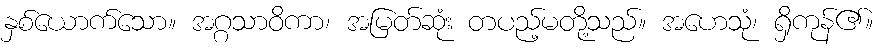
နှစ်ယောက်သော။ အဂ္ဂသာဝိကာ၊ အမြတ်ဆုံး တပည့်မတို့သည်။ အဟေသုံ၊ ရှိကုန်၏။